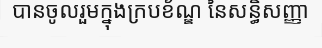
បានចូលរួមក្នុងក្របខ័ណ្ឌ នៃសន្ធិសញ្ញា